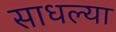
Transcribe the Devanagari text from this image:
साधल्या